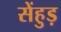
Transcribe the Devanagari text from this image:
सेंहुड़